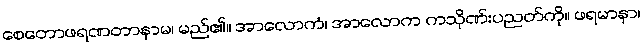
စေတောဖရဏတာနာမ၊ မည်၏။ အာလောကံ၊ အာလောက ကသိုဏ်းပညတ်ကို။ ဖရမာနာ၊